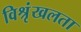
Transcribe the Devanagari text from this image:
विश्रृंखलता